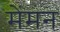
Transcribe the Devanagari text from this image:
मेंमन